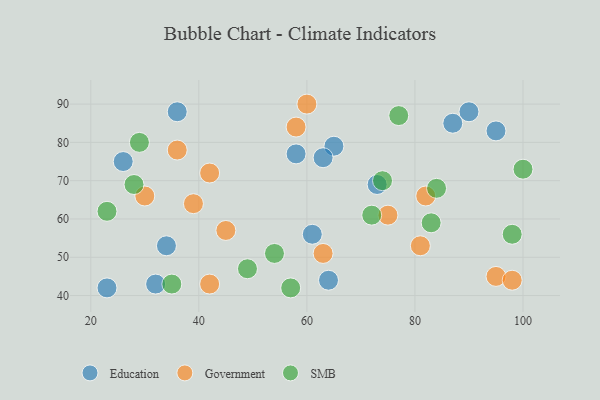
{"axis": {"x": "GDP", "y": "Life Expectancy"}, "legend": ["Education", "Government", "SMB"], "data": [{"x": "65", "y": 79, "type": "Education"}, {"x": "63", "y": 76, "type": "Education"}, {"x": "26", "y": 75, "type": "Education"}, {"x": "95", "y": 83, "type": "Education"}, {"x": "64", "y": 44, "type": "Education"}, {"x": "32", "y": 43, "type": "Education"}, {"x": "90", "y": 88, "type": "Education"}, {"x": "73", "y": 69, "type": "Education"}, {"x": "61", "y": 56, "type": "Education"}, {"x": "23", "y": 42, "type": "Education"}, {"x": "36", "y": 88, "type": "Education"}, {"x": "87", "y": 85, "type": "Education"}, {"x": "34", "y": 53, "type": "Education"}, {"x": "58", "y": 77, "type": "Education"}, {"x": "95", "y": 45, "type": "Government"}, {"x": "36", "y": 78, "type": "Government"}, {"x": "63", "y": 51, "type": "Government"}, {"x": "75", "y": 61, "type": "Government"}, {"x": "60", "y": 90, "type": "Government"}, {"x": "45", "y": 57, "type": "Government"}, {"x": "98", "y": 44, "type": "Government"}, {"x": "58", "y": 84, "type": "Government"}, {"x": "42", "y": 72, "type": "Government"}, {"x": "30", "y": 66, "type": "Government"}, {"x": "42", "y": 43, "type": "Government"}, {"x": "82", "y": 66, "type": "Government"}, {"x": "39", "y": 64, "type": "Government"}, {"x": "81", "y": 53, "type": "Government"}, {"x": "49", "y": 47, "type": "SMB"}, {"x": "23", "y": 62, "type": "SMB"}, {"x": "54", "y": 51, "type": "SMB"}, {"x": "57", "y": 42, "type": "SMB"}, {"x": "28", "y": 69, "type": "SMB"}, {"x": "98", "y": 56, "type": "SMB"}, {"x": "29", "y": 80, "type": "SMB"}, {"x": "72", "y": 61, "type": "SMB"}, {"x": "83", "y": 59, "type": "SMB"}, {"x": "100", "y": 73, "type": "SMB"}, {"x": "84", "y": 68, "type": "SMB"}, {"x": "35", "y": 43, "type": "SMB"}, {"x": "77", "y": 87, "type": "SMB"}, {"x": "74", "y": 70, "type": "SMB"}]}